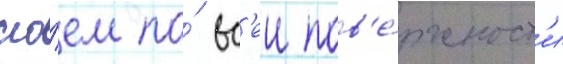
сло́ем по́ вс'еи пов'е́рхност'и